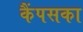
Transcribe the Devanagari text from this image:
कैंपसका